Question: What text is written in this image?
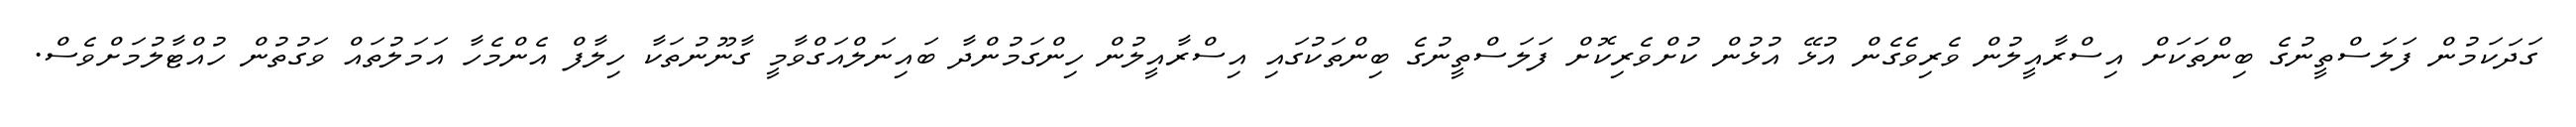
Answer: ގަދަކަމުން ފަލަސްތީނުގެ ބިންތަކަށް އިސްރާއީލުން ވެރިވެގެން އުޅޭ އުޅުން ކުށްވެރިކޮށް ފަލަސްތީނުގެ ބިންތަކުގައި އިސްރާއީލުން ހިންގަމުންދާ ބައިނަލްއަގްވާމީ ގާނޫނުތަކާ ހިލާފް އެންމެހާ އަމަލުތައް ވަގުތުން ހުއްޓާލުމަށްވެސް.